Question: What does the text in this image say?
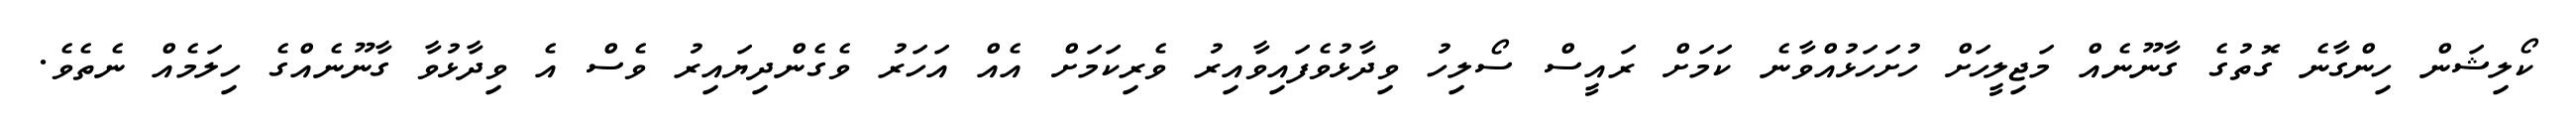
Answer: ކޯލިޝަން ހިންގާނެ ގޮތުގެ ގާނޫނެއް މަޖިލީހަށް ހުށަހަޅުއްވާނެ ކަމަށް ރައީސް ސޯލިހު ވިދާޅުވެފައިވާއިރު ވެރިކަމަށް އެއް އަހަރު ވެގެންދިޔައިރު ވެސް އެ ވިދާޅުވާ ގާނޫނެއްގެ ހިލަމެއް ނެތެވެ.